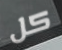
كل